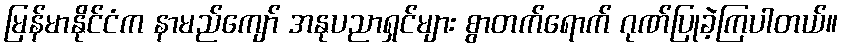
မြန်မာနိုင်ငံက နာမည်ကျော် အနုပညာရှင်များ စွာတက်ရောက် ဂုဏ်ပြုခဲ့ကြပါတယ်။